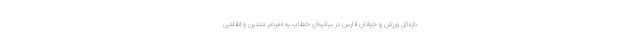
داره‌کل ورزش و جوانان فارس در بیانیه‌ای خطاب به «مردم متدین و انقلابی